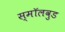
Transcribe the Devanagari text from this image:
स्मॉलवुड